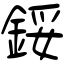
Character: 鋖